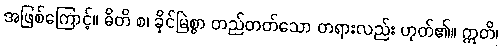
အဖြစ်ကြောင့်။ ဓိတိ စ၊ ခိုင်မြဲစွာ တည်တတ်သော တရားလည်း ဟုတ်၏။ ဣတိ၊